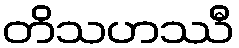
တိသဟဿီ